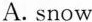
A. snow